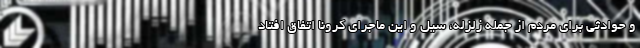
و حوادثی برای مردم از جمله زلزله، سیل و این ماجرای کرونا اتفاق افتاد